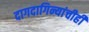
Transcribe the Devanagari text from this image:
दागदागिन्यांचीही